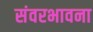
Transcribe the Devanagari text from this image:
संवरभावना